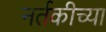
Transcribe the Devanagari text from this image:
नर्तकीच्या